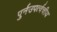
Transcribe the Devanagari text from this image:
पुर्नउपर्त्वचीय